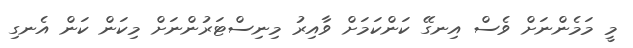
މީ މަމެންނަށް ވެސް އިނގޭ ކަންކަަމަށް ވާއިރު މިނިސްޓަރުންނަށް މިކަން ކަން އެނގި